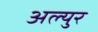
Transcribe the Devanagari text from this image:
अल्युर